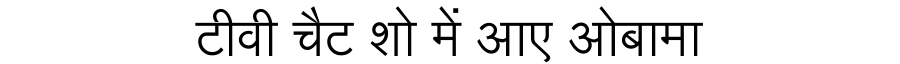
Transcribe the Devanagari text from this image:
टीवी चैट शो में आए ओबामा